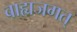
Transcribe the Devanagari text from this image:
बाह्यजगत्